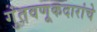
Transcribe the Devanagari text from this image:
गुंतवणूकदारांचे